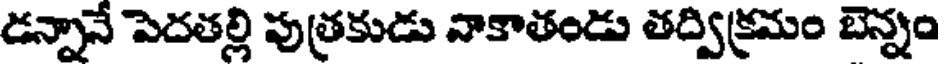
డన్నానే పెదతల్లి పుత్రకుడు నాకాతండు తద్విక్రమం బెన్నం